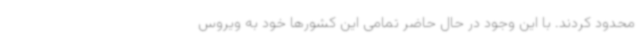
محدود کردند. با این وجود در حال حاضر تمامی این کشورها خود به ویروس